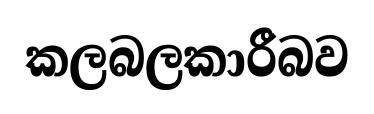
කලබලකාරීබව